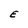
Character: E